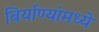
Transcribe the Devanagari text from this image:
बिर्याण्यांमध्ये